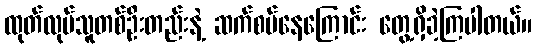
ထုတ်လုပ်သူတစ်ဦးတည်းနဲ့ ဆက်စပ်နေကြောင်း တွေ့ရှိခဲ့ကြပါတယ်။